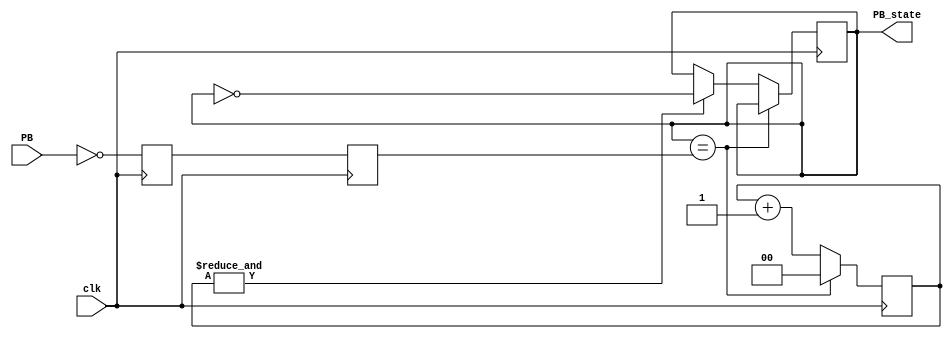
module Button_Debouncer(
	input 			clk,			
	input 			PB,			
	output	reg	PB_state		
);
reg 		 PB_sync_0;
reg 		 PB_sync_1;  
reg [1:0] PB_cnt;					
always @(posedge clk) PB_sync_0 <= ~PB;  			
always @(posedge clk) PB_sync_1 <= PB_sync_0;
wire	PB_idle = (PB_state==PB_sync_1);
wire 	PB_cnt_max = &PB_cnt;				
always @(posedge clk) begin
	if(PB_idle)  PB_cnt <= 2'd0;  
	else begin
		PB_cnt <= PB_cnt + 2'd1;  
		if(PB_cnt_max) PB_state <= ~PB_state;  
	end
end
endmodule